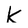
Character: K